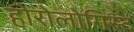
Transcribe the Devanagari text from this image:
होरोलोगिस्ट